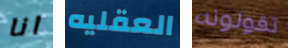
انا العقليه تقولونه